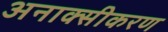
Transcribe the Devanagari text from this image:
अनाक्सीकरण